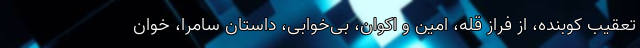
تعقیب کوبنده، از فراز قله، امین و اکوان، بی‌خوابی، داستان سامرا، خوان